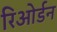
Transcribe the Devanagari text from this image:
रिओर्डन